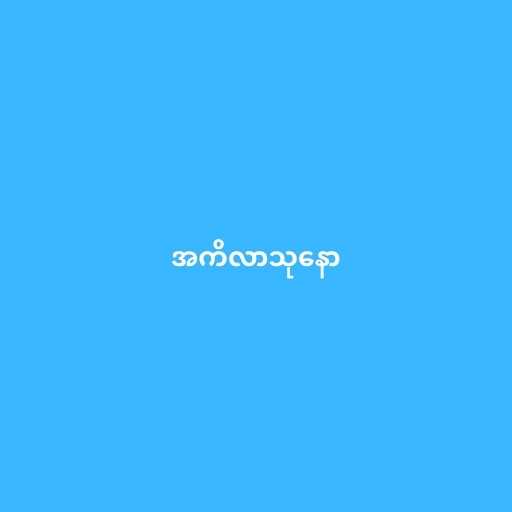
အကိလာသုနော